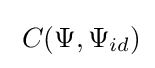
\;C(\Psi ,\Psi _{id})